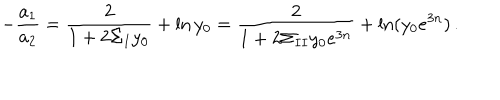
- { \frac { a _ { 1 } } { a _ { 2 } } } = { \frac { 2 } { 1 + 2 \Sigma _ { I } y _ { 0 } } } + \ln y _ { 0 } = { \frac { 2 } { 1 + 2 \Sigma _ { I I } y _ { 0 } e ^ { 3 n } } } + \ln ( y _ { 0 } e ^ { 3 n } ) \, .